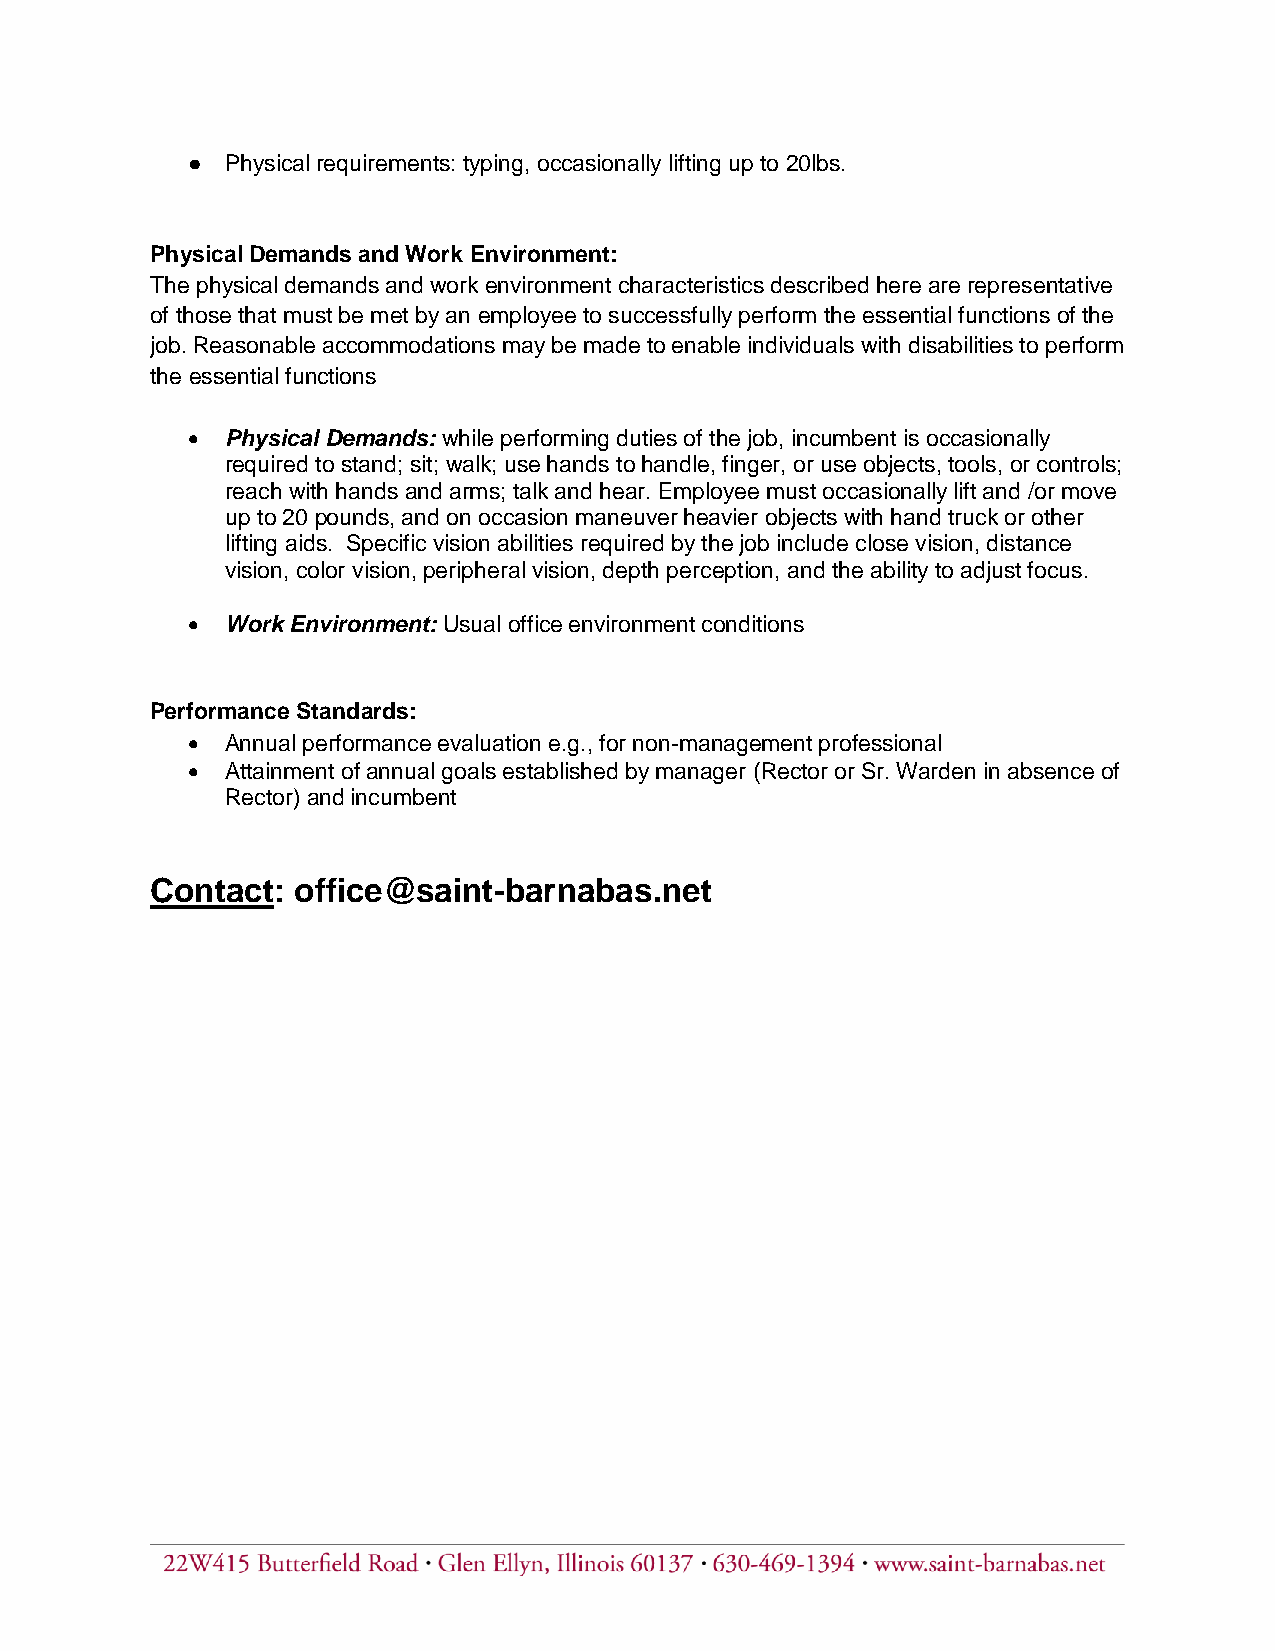
●  Physical requirements: typing, occasionally lifting up to 20lbs.
 Physical Demands and Work Environment:
 The physical demands and work environment characteristics described here are representative
 of those that must be met by an employee to successfully perform the essential functions of the
 job. Reasonable accommodations may be made to enable individuals with disabilities to perform
 the essential functions
   Physical Demands: while performing duties of the job, incumbent is occasionally
 required to stand; sit; walk; use hands to handle, finger, or use objects, tools, or controls;
 reach with hands and arms; talk and hear. Employee must occasionally lift and /or move
 up to 20 pounds, and on occasion maneuver heavier objects with hand truck or other
 lifting aids. Specific vision abilities required by the job include close vision, distance
 vision, color vision, peripheral vision, depth perception, and the ability to adjust focus.
   Work Environment: Usual office environment conditions
 Performance Standards:
   Annual performance evaluation e.g., for non-management professional
   Attainment of annual goals established by manager (Rector or Sr. Warden in absence of
 Rector) and incumbent
 Contact: office@saint-barnabas.net